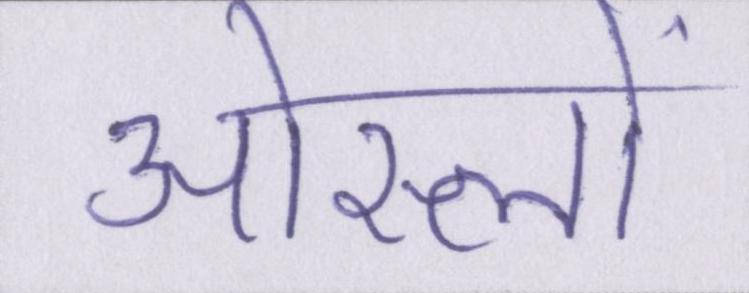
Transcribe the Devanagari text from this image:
ओस्लो